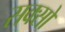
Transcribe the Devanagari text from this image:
सक्सों